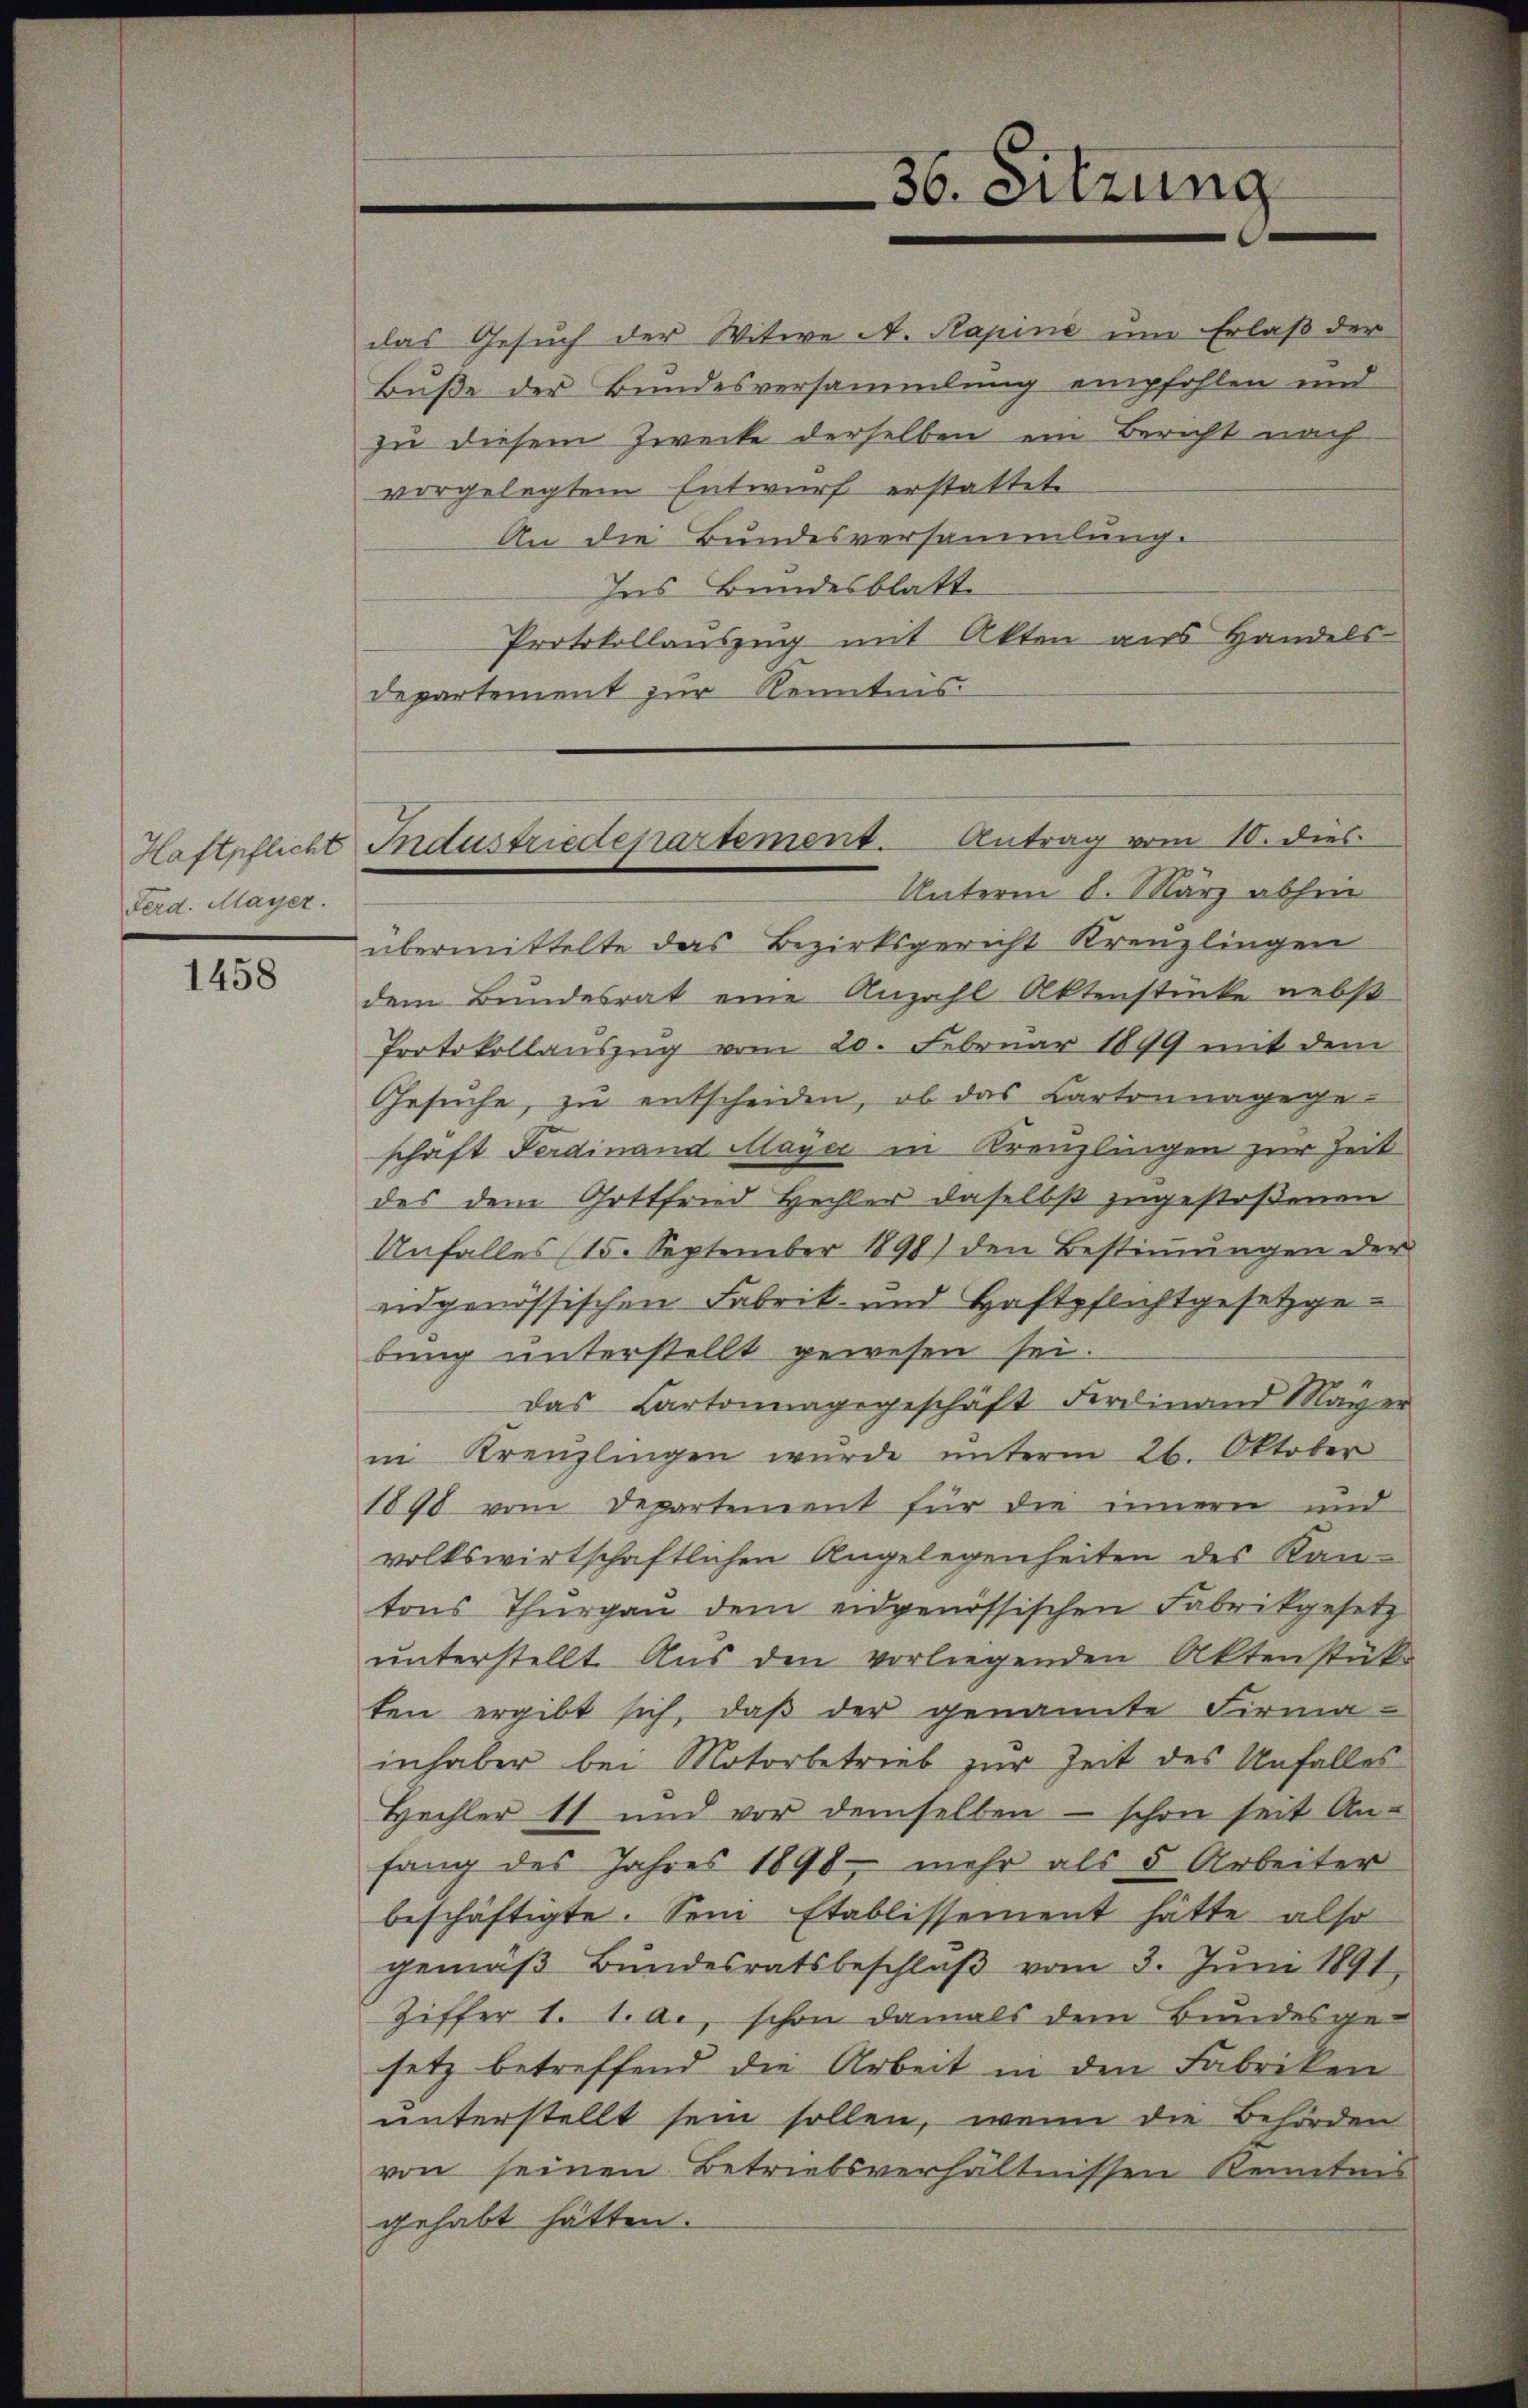
Haftpflicht
Ferd. Mayer.

1458

das Gesuch der Witwe A. Kapine um Erlaß der
Buße der Bundesversammlung empfohlen und
zu diesem Zwecke derselben ein Bericht nach
vorgelegtem Entwurf erstattete

An die Bundesversammlung.
Ins Bundesblatte
Protokollauszug mit Akten aus Handels
departement zur Kenntnis

Unterm 8. März abhin
übermittelte das Bezirksgericht Kreuzlingen
dem Bundesrat eine Anzahl Aktenstücke nebst
Protokollauszug vom 20. Februar 1899 mit dem
Gesuche, zu entscheiden, ob das Cartonnagegeschäft Ferdinand Mayer in Kreuzlingen zur Zeit
des dem Gottfried Hechler daselbst zugestoßenen
Unfalles (15. September 1898) den Bestimmungen der
eidgenössischen Fabrik- und Haftpflichtgesetzgebung unterstellt gewesen sei.
das Cartonnagegeschäft Ferdinand Mayer
in Kreuzlingen wurde unterm 26. Oktober
1890 vom Departement für die innern und
volkswirtschaftlichen Angelegenheiten des Kantons Thurgau dem eidgenössischen Fabrikgesetz
unterstellt. Aus den vorliegenden Aktenstük-
ten ergibt sich, daβ der genannte Firma-
inhaber bei Motorbetrieb zur Zeit des Unfalles
Hechter 11 und vor demselben – schon seit An-
fang des Jahres 1898 - mehr als 5 Arbeiter
beschäftigte. Soni Etablissement hätte also
gemäß Bundesratsbeschluß vom 3. Juni 1891
Ziffer 1. 1. a., schon damals dem Bundesgesetz betreffend die Arbeit in den Fabriken
unterstellt sein sollen, wenn die Behörden
von seinen Betriebsverhältnissen Kenntnis
gehabt hätten.

36. Sitzung

Industriedepartement. Antrag vom 10. dies